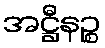
အဋ္ဌီနဉ္စ